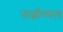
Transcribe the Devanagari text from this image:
नात्चीम्मल